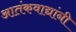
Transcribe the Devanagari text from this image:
आतंकवाद्यांनी